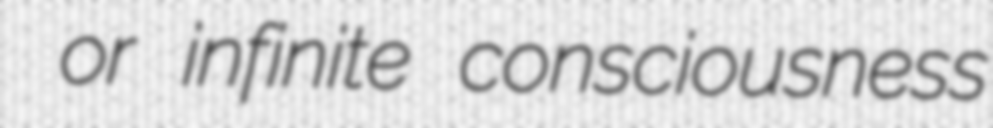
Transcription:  or infinite consciousness